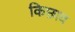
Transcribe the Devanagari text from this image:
किछाव